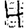
Digit: 4